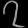
Digit: ၇